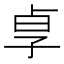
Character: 𡥣